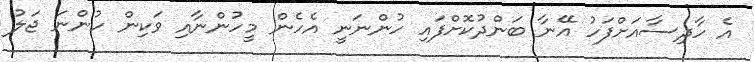
އެ ހާދިސާއަށްފަހު އޭނާ ބަންދުކޮށްފައި ހުންނަނީ އެހެން މީހުންނާއި ވަކިން ހުންނަ ޖަލު